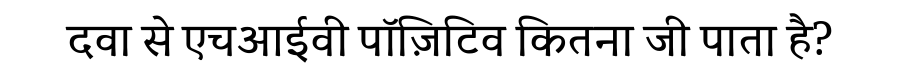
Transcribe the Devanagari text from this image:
दवा से एचआईवी पॉज़िटिव कितना जी पाता है?